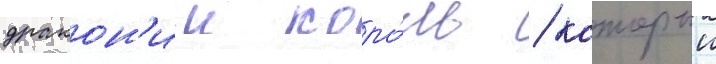
дракон'ии коро́ль / которыи